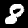
Digit: 8